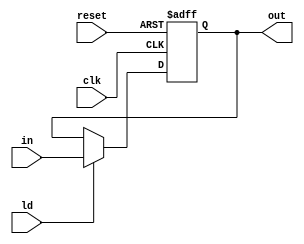
`timescale 1ns / 1ps
//////////////////////////////////////////////////////////////////////////////////
// Company: 
// Engineer: 
// 
// Design Name: 
// Module Name: piporeg
// Project Name: 
// Target Devices: 
// Tool Versions: 
// Description: 
// 
// Dependencies: 
// 
// Revision:
// Revision 0.01 - File Created
// Additional Comments:
// 
//////////////////////////////////////////////////////////////////////////////////

module piporeg(output reg [15:0] out,input [15:0] in, input ld,clk,reset);
always @(posedge clk, posedge reset)
begin
    if(reset)
        out <= 0;
    else if(ld)
        out <= in;
end
endmodule